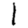
Digit: 1